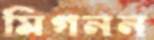
মিগনন